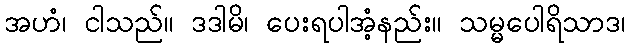
အဟံ၊ ငါသည်။ ဒဒါမိ၊ ပေးရပါအံ့နည်း။ သမ္မပေါရိသာဒ၊